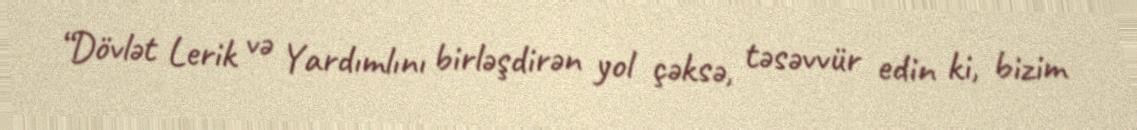
“Dövlət Lerik və Yardımlını birləşdirən yol çəksə, təsəvvür edin ki, bizim